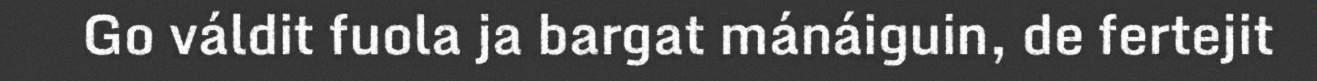
Go váldit fuola ja bargat mánáiguin, de fertejit